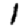
Digit: 1